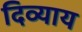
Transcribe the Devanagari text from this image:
दिव्याय